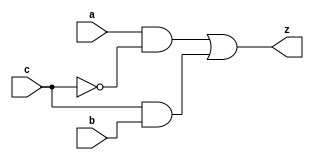
module yMux1(z, a, b, c);
output z;
input a, b, c;
wire notC, upper, lower;

// Gates and interconnections for MUX
not my_not(notC, c);
and upperAnd(upper, a, notC);
and lowerAnd(lower, c, b);
or my_or(z, upper, lower);
endmodule